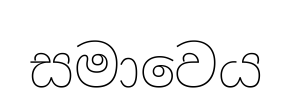
සමාවෙය